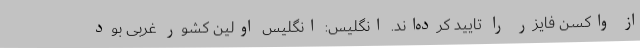
از واکسن فایزر را تایید کرده‌اند. انگلیس: انگلیس اولین کشور غربی بود